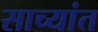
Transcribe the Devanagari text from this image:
साच्यांत